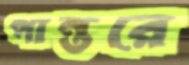
পান্তরে